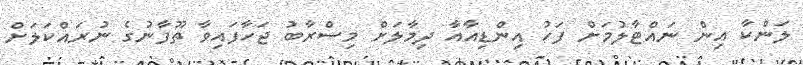
ލަންކާ އިން ނައްޓާލުމަށް ފަހު އިންޑިއާއާ ދިމާލަށް މިސްރާބު ޖަހާފައިވާ ތޫފާނުގެ ނުރައްކަލަށް